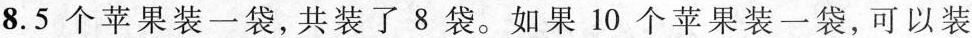
8.5个苹果装一袋，共装了8袋。如果10个苹果装一袋，可以装